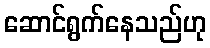
ဆောင်ရွက်နေသည်ဟု